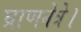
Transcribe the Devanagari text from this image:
घ्राणनेत्रे।